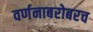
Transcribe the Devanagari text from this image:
वर्णनाबरोबरच